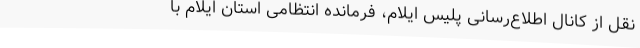
نقل از کانال اطلاع‌رسانی پلیس ایلام، فرمانده انتظامی استان ایلام با